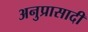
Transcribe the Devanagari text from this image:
अनुप्रासादी